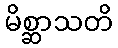
မိစ္ဆာသတိ